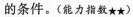
的条件。(能力指数★★)